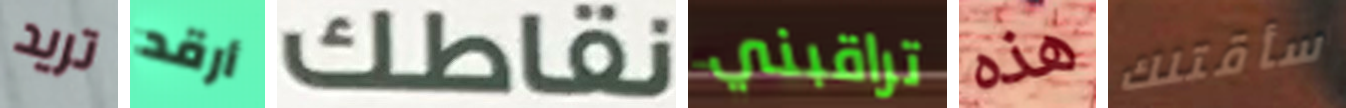
تريد أرقد نقاطك تراقبني هذه سأقتلك